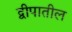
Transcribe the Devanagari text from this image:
द्वीपातील